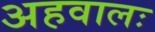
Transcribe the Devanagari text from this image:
अहवालः